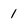
Character: 1